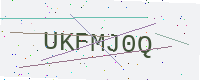
Text: UKFMJ0Q